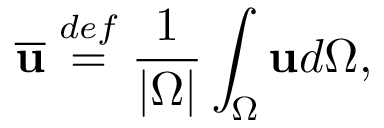
\overline { { \mathbf { u } } } \overset { d e f } { = } \frac { 1 } { \left\lvert \Omega \right\rvert } \int _ { \Omega } \mathbf { u } d \Omega ,